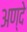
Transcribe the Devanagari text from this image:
अण्दे